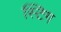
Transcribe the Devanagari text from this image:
स्टिग